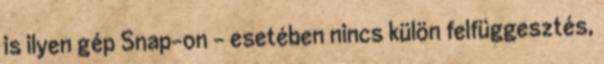
is ilyen gép Snap-on – esetében nincs külön felfüggesztés,